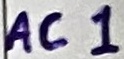
Text: AC1